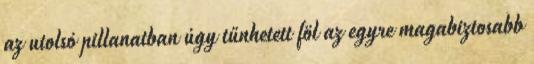
az utolsó pillanatban úgy tűnhetett föl az egyre magabiztosabb